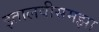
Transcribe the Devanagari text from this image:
इतालवीसमझा